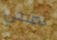
تصبحي